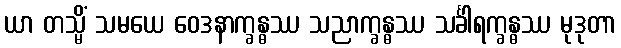
ယာ တသ္မိံ သမယေ ဝေဒနာက္ခန္ဓဿ သညာက္ခန္ဓဿ သင်္ခါရက္ခန္ဓဿ မုဒုတာ